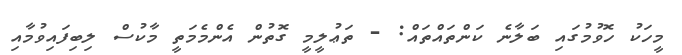
މީހަކު ހޮވުމުގައި ބަލާނެ ކަންތައްތައް: - ތަޢުލީމީ ގޮތުން އެންމެމަތީ މާކުސް ލިބިފައިވުމާއި